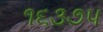
૧૬૩૭૫